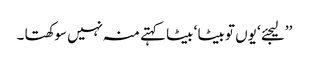
’’لیجئے ‘ یوں تو بیٹا ‘ بیٹا کہتے منہ نہیں سوکھتا ۔